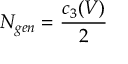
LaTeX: N _ { g e n } = \frac { c _ { 3 } ( V ) } { 2 }